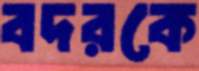
বদরকে